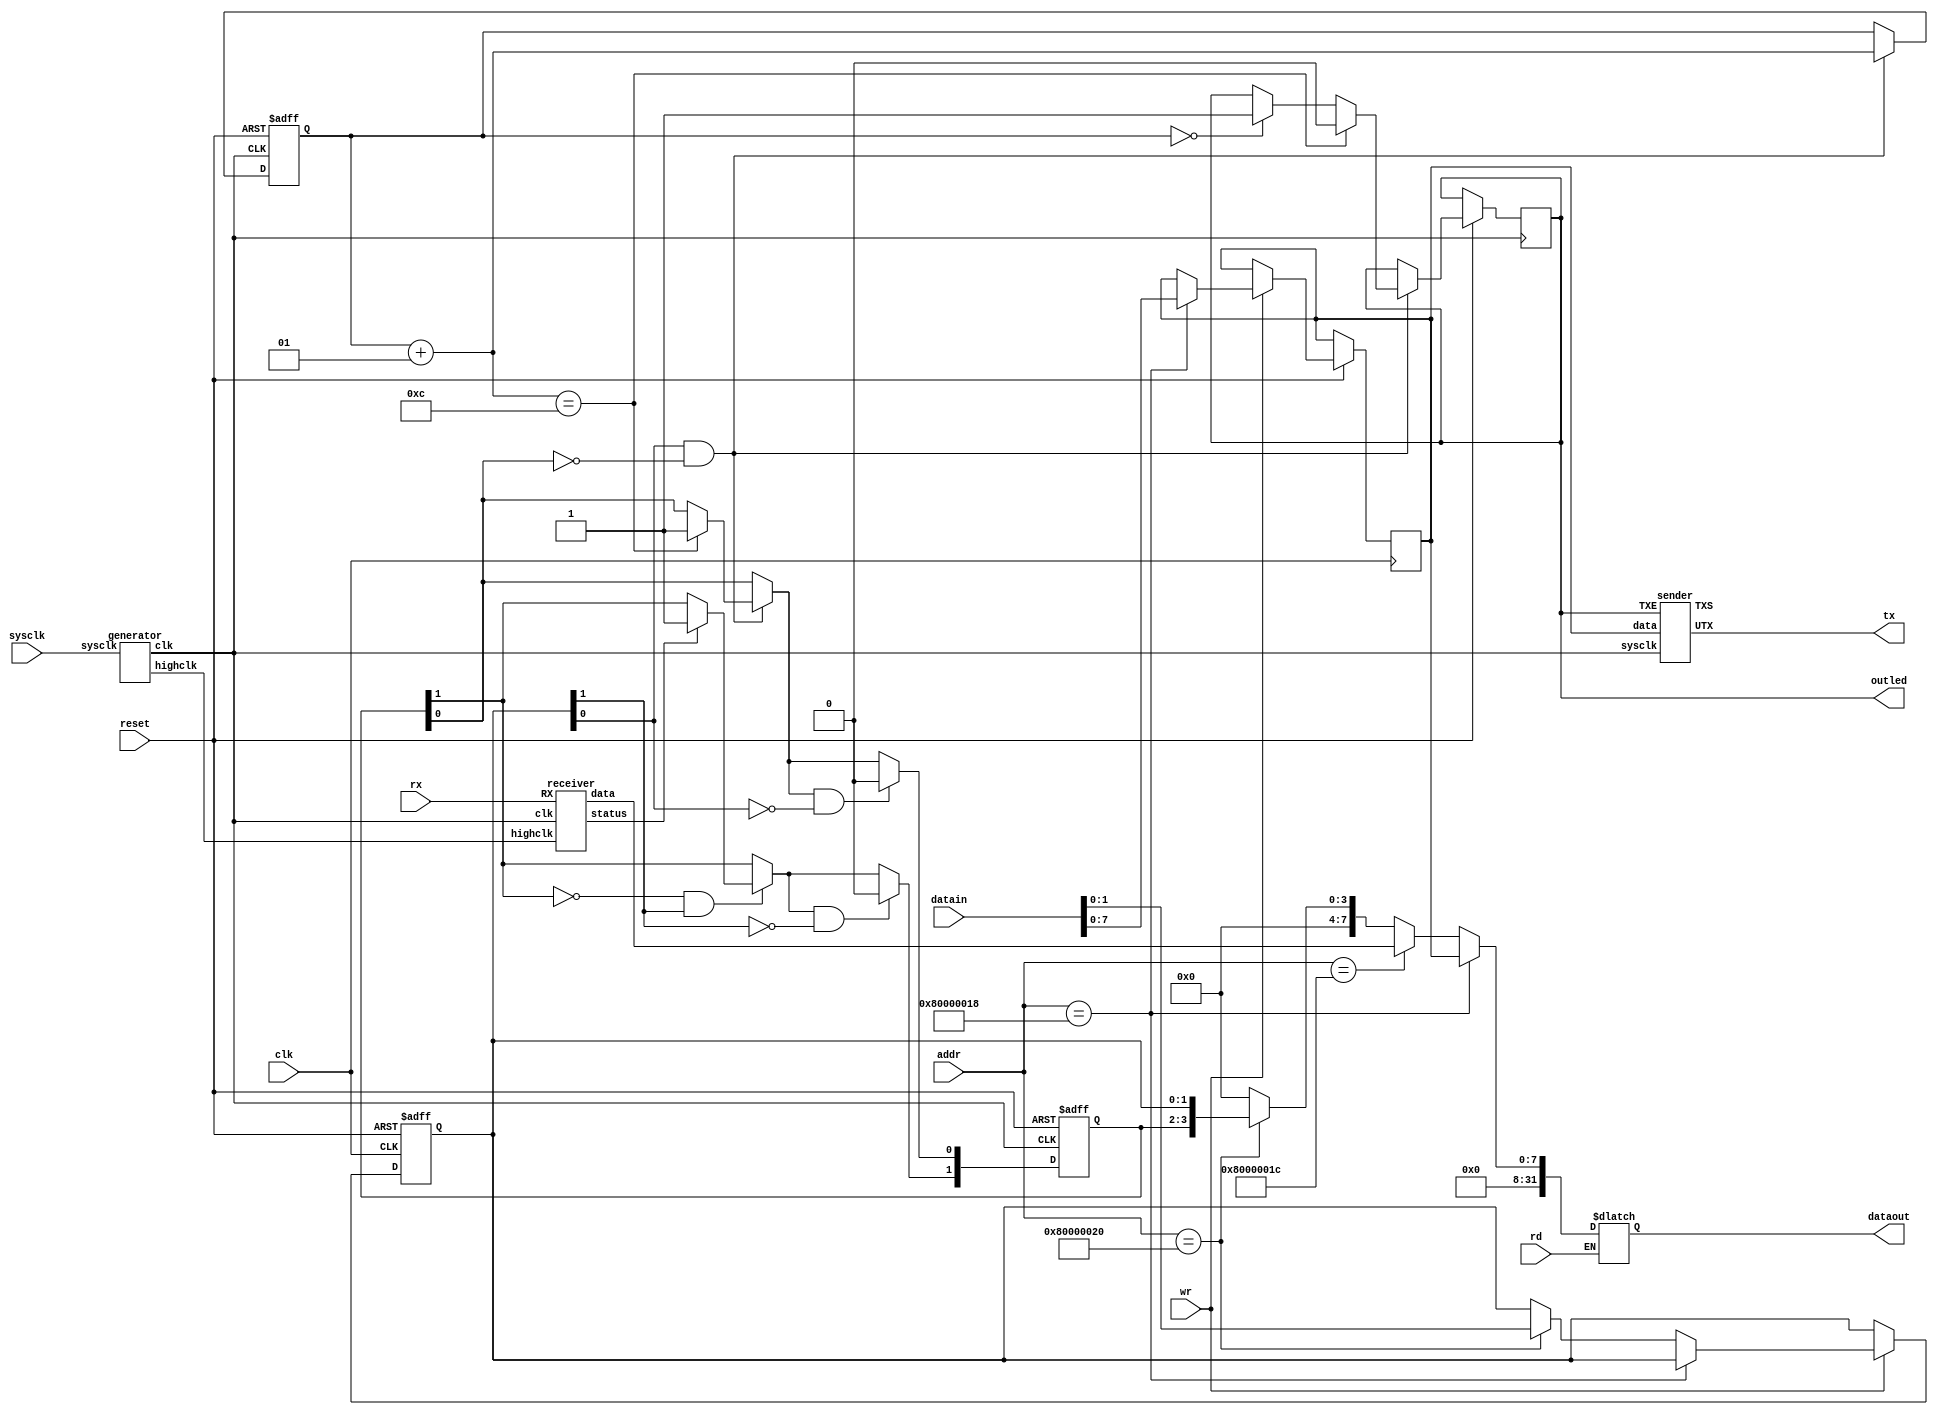
`timescale 1ns/1ps


module UART(clk , sysclk , reset , addr , wr , datain , rd , dataout , rx , tx , outled);
  input clk , reset , wr , rd , rx , sysclk;
  input [31:0] datain , addr;
  output wire tx;
  output reg [31:0] dataout;
  output wire outled;
  
  
  wire clk_9600 , highclk;
  wire rstatus , tstatus;
  reg tenable;
  integer temp ;
  reg temp2;
  reg [4:0] uartcon;
  wire [7:0] rxdata;
  reg [7:0] txdata , rxtemp , txtemp; 
  
  initial begin 
    tenable = 0;
    temp = 0;
    temp2 = 0;
  end
  
  generator gen(sysclk , clk_9600 , highclk);
  receiver rec(rx , clk_9600 , highclk , rxdata , rstatus);
  sender sen(tenable , clk_9600 , txdata , tx , tstatus);
  assign outled = tenable;
  always@(*) begin
    uartcon[4] = ~tstatus;
  end
  
  always@(*) begin
    if(rd) begin
    if(addr == 32'h80000018)
      dataout = {24'b0 , txdata};
    else if(addr == 32'h8000001c)
      dataout = {24'b0 , rxdata};
    else if(addr == 32'h80000020)
      dataout = {28'b0 , uartcon[3:0]};
    else 
      dataout = 32'b0;
  end
  end
  
  always@(negedge reset or posedge clk) begin
    if(~reset) begin
      txtemp = 8'b0;
      uartcon[1:0] = 2'b00;
      
    end
    else begin
      if(wr) begin
        if(addr == 32'h80000018)
          txdata = datain[7:0];
        else if(addr == 32'h80000020)
          uartcon[1:0] = datain[1:0];
      end
    end
  end
  
  always@(negedge reset or posedge clk_9600) begin
    if(~reset) begin
      uartcon[3:2] = 0;
      temp = 0;
    end
    else begin
      if(uartcon[3] == 0 && uartcon[1] == 1) begin
          
            
         
        if(rstatus == 1) begin
          rxtemp = rxdata;
          uartcon[3] = 1;
        end
      end
      if(uartcon[3] == 1 && uartcon[1] == 0) begin
        uartcon[3] = 0;
      end
      if(uartcon[0] == 1 && uartcon[2] == 0) begin
        if(temp == 0) begin
		  tenable = 1;
         
        end
        temp = temp + 1;
        if(temp == 12) begin
          tenable = 0;
          uartcon[2] = 1;
        end
      end
      if(uartcon[2] == 1 && uartcon[0] == 0) begin
        uartcon[2] = 0;
      end
    end
  end

  
endmodule



module generator(sysclk , clk , highclk);
  input sysclk;
  output reg clk , highclk;
  integer temp1 , temp2;
  
  initial begin
    clk = 0;
    highclk = 0;
    temp1 = 0;
    temp2 = 0;
  end
  
  always @(posedge sysclk) begin
    temp1 = temp1 + 1;
    if (temp1 == 1) begin
      clk = ~clk;
    end
    
    if (temp1 == 2603) begin
      temp1 = 0;
    end
  end
  
  always @(posedge sysclk) begin
    temp2 = temp2 + 1;
    if (temp2 == 1) begin
      highclk = ~highclk;
    end
    if (temp2 == 163) begin
      temp2 = 0;
    end
  end
endmodule
  
module receiver(RX , clk , highclk , data , status);
  input RX , clk , highclk;
  output reg [7:0] data;
  output reg status;
  reg temp , temp2;
  reg [7:0] temp_data;
  integer cnt1 , cnt2;
  //output wire led;
  
	

  //assign led = data[7];
  initial begin
    temp = 0;
    //led = 0;
    temp2 = 0;
    cnt1 = 0;
    cnt2 = 0;
    status = 0;
    temp_data[0] = 0;
    temp_data[7] = 0;
    temp_data[6] = 0;
    temp_data[5] = 0;
    temp_data[4] = 0;
    temp_data[3] = 0;
    temp_data[2] = 0;
    temp_data[1] = 0;
  end
  
 
  always @(posedge highclk) begin
    if(RX == 0 && temp == 0) begin
      temp = 1;
    end
  
    if(temp) begin
      cnt1 = cnt1 + 1;
      if (cnt1 == 8) begin
		    temp_data[7] = temp_data[6];
        temp_data[6] = temp_data[5];
        temp_data[5] = temp_data[4];
        temp_data[4] = temp_data[3];
        temp_data[3] = temp_data[2];
        temp_data[2] = temp_data[1];
        temp_data[1] = temp_data[0];
        temp_data[0] = RX;
      end
      else if (cnt1 == 16) begin
        cnt2 = cnt2 + 1;
        cnt1 = 0;
      end
    end
  
    if(cnt2 == 9 && temp2 == 0) begin
      status = 1;
      temp2 = 1;
      data[0] = temp_data[7];
      data[1] = temp_data[6];
      data[2] = temp_data[5];
      data[3] = temp_data[4];
      data[4] = temp_data[3];
      data[5] = temp_data[2];
      data[6] = temp_data[1];
      data[7] = temp_data[0];
    end
    else if(temp2 == 1 && cnt2 == 10) begin
      status = 0;
      temp2 = 0;
      temp = 0;
      cnt2 = 0;
      temp_data[0] = 0;
      temp_data[7] = 0;
      temp_data[6] = 0;
      temp_data[5] = 0;
      temp_data[4] = 0;
      temp_data[3] = 0; 
      temp_data[2] = 0;
      temp_data[1] = 0;
    end
  end
endmodule

module sender( TXE , sysclk , data , UTX , TXS );
  input [7:0] data;
  input TXE , sysclk;
  output reg TXS , UTX;
  reg [7:0] TX;
  reg temp ;
  integer cnt, foot;
  //output wire led;
  
  initial begin
    TXS = 1;
    cnt = 0;
    temp = 0;
    UTX = 1;
    //repeat(1000) begin
		//#104 UTX = ~UTX;
	//end
  end
  
  always@(posedge TXE) begin
    TX[0] = data[7];
    TX[1] = data[6];
    TX[2] = data[5];
    TX[3] = data[4];
    TX[4] = data[3];
    TX[5] = data[2];
    TX[6] = data[1];
    TX[7] = data[0];
    //temp = temp + 1;
  end
  
  always@(posedge sysclk) begin
    if(TXE) begin
      cnt = cnt + 1;
      TXS = 0;
      if (cnt == 1) begin
        UTX = 0;
      end
      else if (cnt == 10) begin
        UTX = 1;
      end
      else if (cnt == 11) begin
        UTX = 1;
        TXS = 1;
        cnt = 0;
        temp = 0;
      end 
      else begin
        foot = 9 - cnt;
        UTX = TX[foot];
      end
    end
   
  end
  
endmodule